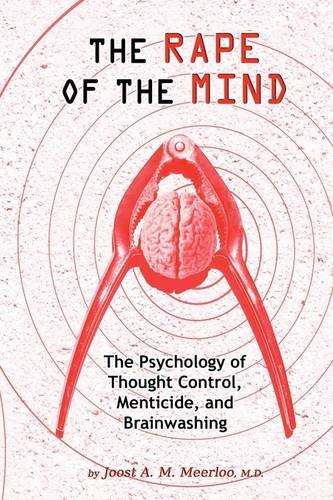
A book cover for The Rape of the Mind: The Psychology of Thought Control, Menticide, and Brainwashing; Joost A. M. Meerloo; Medical Books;